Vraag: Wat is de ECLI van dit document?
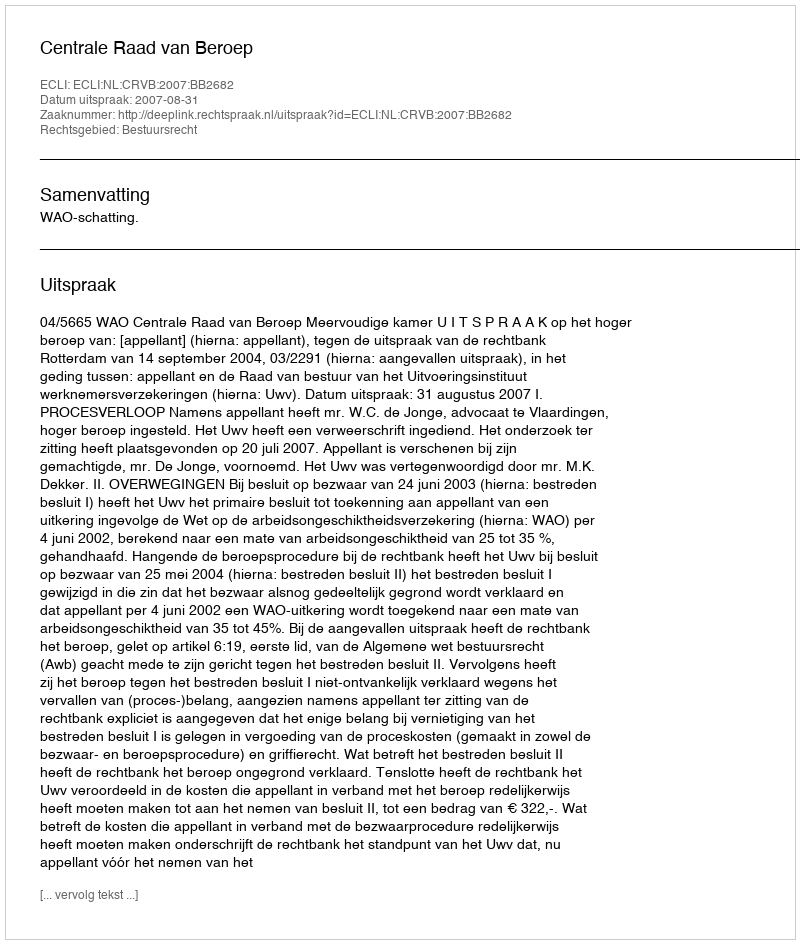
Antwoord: ECLI:NL:CRVB:2007:BB2682